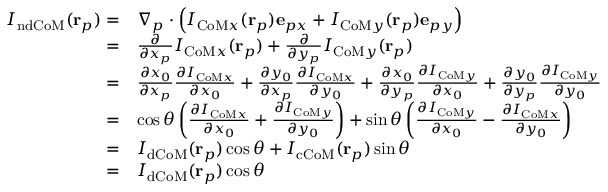
\begin{array} { r l } { I _ { \mathrm { n d C o M } } ( \mathbf { r } _ { p } ) = } & { \nabla _ { p } \cdot \left( I _ { \mathrm { C o M } x } ( \mathbf { r } _ { p } ) \mathbf { e } _ { p x } + I _ { \mathrm { C o M } y } ( \mathbf { r } _ { p } ) \mathbf { e } _ { p y } \right) } \\ { = } & { \frac { \partial } { \partial x _ { p } } I _ { \mathrm { C o M } x } ( \mathbf { r } _ { p } ) + \frac { \partial } { \partial y _ { p } } I _ { \mathrm { C o M } y } ( \mathbf { r } _ { p } ) } \\ { = } & { \frac { \partial x _ { 0 } } { \partial x _ { p } } \frac { \partial I _ { \mathrm { C o M } x } } { \partial x _ { 0 } } + \frac { \partial y _ { 0 } } { \partial x _ { p } } \frac { \partial I _ { \mathrm { C o M } x } } { \partial y _ { 0 } } + \frac { \partial x _ { 0 } } { \partial y _ { p } } \frac { \partial I _ { \mathrm { C o M } y } } { \partial x _ { 0 } } + \frac { \partial y _ { 0 } } { \partial y _ { p } } \frac { \partial I _ { \mathrm { C o M } y } } { \partial y _ { 0 } } } \\ { = } & { \cos \theta \left( \frac { \partial I _ { \mathrm { C o M } x } } { \partial x _ { 0 } } + \frac { \partial I _ { \mathrm { C o M } y } } { \partial y _ { 0 } } \right) + \sin \theta \left( \frac { \partial I _ { \mathrm { C o M } y } } { \partial x _ { 0 } } - \frac { \partial I _ { \mathrm { C o M } x } } { \partial y _ { 0 } } \right) } \\ { = } & { I _ { \mathrm { d C o M } } ( \mathbf { r } _ { p } ) \cos \theta + I _ { \mathrm { c C o M } } ( \mathbf { r } _ { p } ) \sin \theta } \\ { = } & { I _ { \mathrm { d C o M } } ( \mathbf { r } _ { p } ) \cos \theta } \end{array}